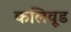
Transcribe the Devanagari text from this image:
कलिवूड